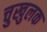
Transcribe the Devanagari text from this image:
चुखुलक